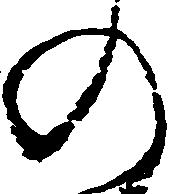
の